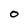
Character: O